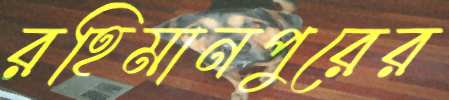
রহিমানপুরের